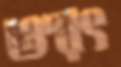
ঔরৎ